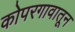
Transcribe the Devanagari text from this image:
कोपरगावातून